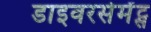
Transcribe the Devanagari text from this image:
डाइवरसेमेंट्स